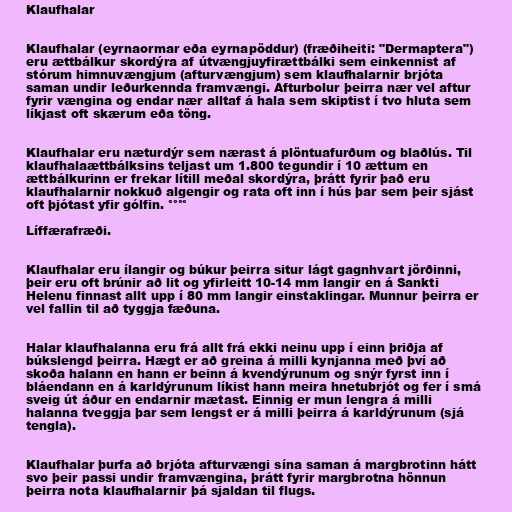
Klaufhalar

Klaufhalar (eyrnaormar eða eyrnapöddur) (fræðiheiti: "Dermaptera")
eru ættbálkur skordýra af útvængjuyfirættbálki sem einkennist af
stórum himnuvængjum (afturvængjum) sem klaufhalarnir brjóta
saman undir leðurkennda framvængi. Afturbolur þeirra nær vel aftur
fyrir vængina og endar nær alltaf á hala sem skiptist í tvo hluta sem
líkjast oft skærum eða töng.

Klaufhalar eru næturdýr sem nærast á plöntuafurðum og blaðlús. Til
klaufhalaættbálksins teljast um 1.800 tegundir í 10 ættum en
ættbálkurinn er frekar lítill meðal skordýra, þrátt fyrir það eru
klaufhalarnir nokkuð algengir og rata oft inn í hús þar sem þeir sjást
oft þjótast yfir gólfin. °°°°

Líffærafræði.

Klaufhalar eru ílangir og búkur þeirra situr lágt gagnhvart jörðinni,
þeir eru oft brúnir að lit og yfirleitt 10-14 mm langir en á Sankti
Helenu finnast allt upp í 80 mm langir einstaklingar. Munnur þeirra er
vel fallin til að tyggja fæðuna.

Halar klaufhalanna eru frá allt frá ekki neinu upp í einn þriðja af
búkslengd þeirra. Hægt er að greina á milli kynjanna með því að
skoða halann en hann er beinn á kvendýrunum og snýr fyrst inn í
bláendann en á karldýrunum líkist hann meira hnetubrjót og fer í smá
sveig út áður en endarnir mætast. Einnig er mun lengra á milli
halanna tveggja þar sem lengst er á milli þeirra á karldýrunum (sjá
tengla).

Klaufhalar þurfa að brjóta afturvængi sína saman á margbrotinn hátt
svo þeir passi undir framvængina, þrátt fyrir margbrotna hönnun
þeirra nota klaufhalarnir þá sjaldan til flugs.